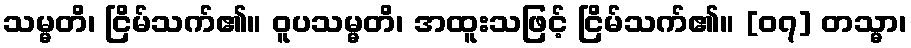
သမ္မတိ၊ ငြိမ်သက်၏။ ဝူပသမ္မတိ၊ အထူးသဖြင့် ငြိမ်သက်၏။ [၀၇] တသ္မာ၊